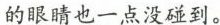
的眼睛也一点没碰到。